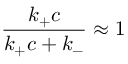
\frac { k _ { + } c } { k _ { + } c + k _ { - } } \approx 1